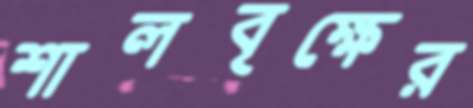
শালবৃক্ষের